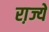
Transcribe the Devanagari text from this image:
रा़ज्ये